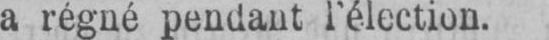
a régné pendant l’élection.